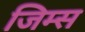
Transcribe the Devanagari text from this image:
जिम्स